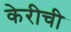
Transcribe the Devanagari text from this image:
केरीची